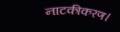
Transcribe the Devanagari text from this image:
नाटकीकरण।